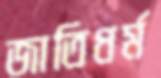
জাতিধর্ম